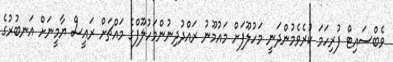
ވެބްސައިޓް ފުރިހަމަ ކުރެވެމުންދަނީ މަހުލޫފަށް މައުމޫނު ރައްދުދިނުންމަހުލޫފްގެ މައްޗަށް ރައީސް ޔާމީނަށް އަނބުރުގެ